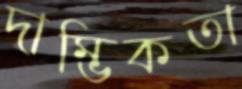
দাম্ভিকতা